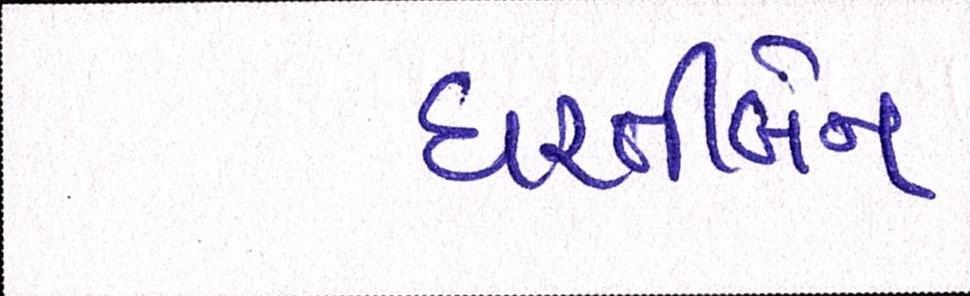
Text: ધરતીબેન